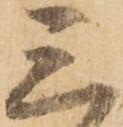
三